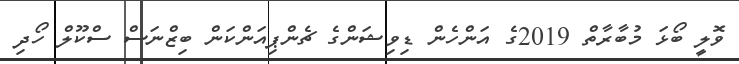
ވޮލީ ބޯޅަ މުބާރާތް 2019ގެ އަންހެން ޑިވިޝަންގެ ޗެންޕިއަންކަން ބިޒްނަސް ސްކޫލް ހޯދި